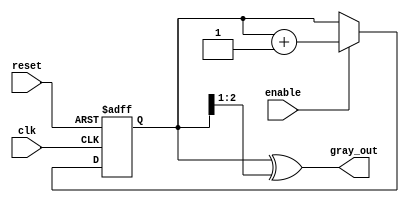
module gray_code_counter (
    input wire clk,          // Clock input
    input wire reset,        // Asynchronous reset
    input wire enable,       // Enable signal
    output reg [2:0] gray_out // 3-bit Gray code output
);

    reg [2:0] binary_count; // 3-bit binary counter

    // Binary to Gray code conversion
    function [2:0] binary_to_gray;
        input [2:0] binary;
        begin
            binary_to_gray = binary ^ (binary >> 1);
        end
    endfunction

    // Asynchronous reset and counting logic
    always @(posedge clk or posedge reset) begin
        if (reset) begin
            binary_count <= 3'b000; // Initialize to 0
        end else if (enable) begin
            // Increment binary count
            binary_count <= binary_count + 1;
        end
    end

    // Update Gray code output based on binary count
    always @(*) begin
        gray_out = binary_to_gray(binary_count);
    end

endmodule